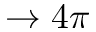
\to 4 \pi